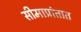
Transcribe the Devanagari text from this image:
सीमाप्रांतात